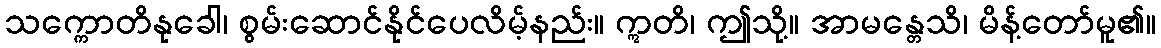
သက္ကောတိနုခေါ၊ စွမ်းဆောင်နိုင်ပေလိမ့်နည်း။ ဣတိ၊ ဤသို့။ အာမန္တေသိ၊ မိန့်တော်မူ၏။